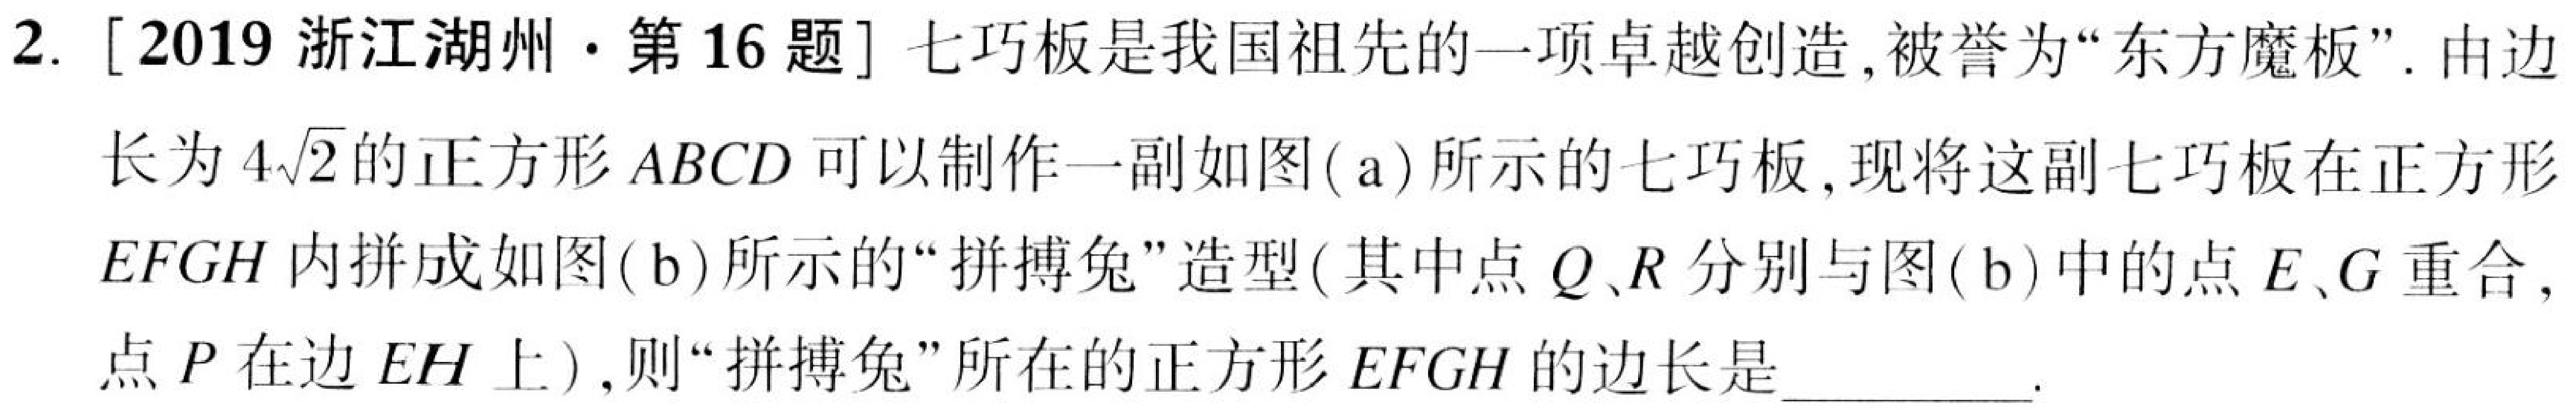
2. [2019 浙江湖州·第16题] 七巧板是我国祖先的一项卓越创造, 被誉为“东方魔板”. 由边
长为\(4\sqrt{2}\)的正方形\(ABCD\)可以制作一副如图(a)所示的七巧板, 现将这副七巧板在正方形
\(EFGH\)内拼成如图(b)所示的“拼搏兔”造型(其中点\(Q、R\)分别与图(b)中的点\(E、G\)重合,
点\(P\)在边\(EH\)上), 则“拼搏兔”所在的正方形\(EFGH\)的边长是__________.